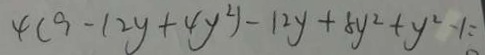
4 ( 9 - 1 2 y + 4 y ^ { 2 } ) - 1 2 y + 5 y ^ { 2 } + y ^ { 2 } - 1 =